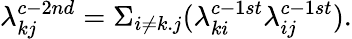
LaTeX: \lambda_{kj}^{c-2nd}=\Sigma_{i\neq k.j}(\lambda_{ki}^{c-1st}\lambda_{ij}^{c-1st}).